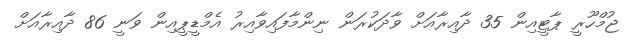
ޖުމްހޫރީ ޕާޓީއިން 35 ދާއިރާއަށް ވާދަކުރަން ނިންމާފައިވާއިރު އެމްޑީޕީއިން ވަނީ 86 ދާއިރާއަށް